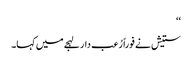
‘‘
ستیش نے فوراً رُعب دار لہجے میں کہا۔